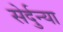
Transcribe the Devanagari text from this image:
सेर्दुन्या